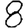
Digit: 8